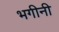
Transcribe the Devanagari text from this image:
भगीनी